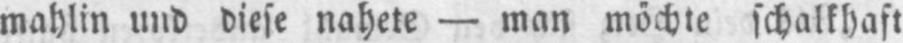
mahlin und diese nahete - man möchte schalkhaft